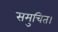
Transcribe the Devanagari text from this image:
समुचित।